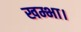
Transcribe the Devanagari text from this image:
खम्भा।